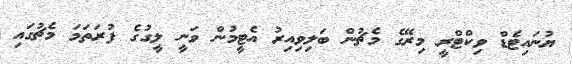
ޔުނައިޓެޑް ވިކްޓްރީ މިރޭގެ މެޗުން ބަލިވިއިރު އެޓީމުން ވަނީ ލީގުގެ ފުރަތަމަ މެޗުގައި